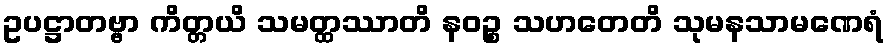
ဥပဋ္ဌာတဗ္ဗာ ကိတ္တယိ သမတ္ထဿာတိ နဝဉ္စ သဟတေတိ သုမနသာမဏေရံ